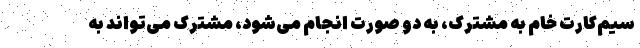
سیم‌کارت خام به مشترک، به دو صورت انجام می‌شود، مشترک می‌تواند به